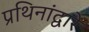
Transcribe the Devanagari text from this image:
प्रथिनांद्वारे